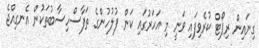
ގިނައިން ރިޕޯޓް ކުރެވިފައި ވަނީ މި އަހަރުގައި ކަން ފުލުހުންގެ ތަފާސްހިސާބުތަކުން އެނގިއްޖެ